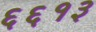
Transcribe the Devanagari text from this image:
६६१३